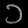
Digit: ၁